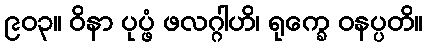
၉၀၃။ ဝိနာ ပုပ္ဖံ ဖလဂ္ဂါဟိ၊ ရုက္ခေ ဝနပ္ပတိ။